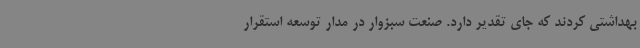
بهداشتی کردند که جای تقدیر دارد. صنعت سبزوار در مدار توسعه استقرار